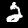
Digit: 2